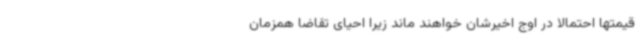
قیمتها احتمالا در اوج اخیرشان خواهند ماند زیرا احیای تقاضا همزمان